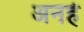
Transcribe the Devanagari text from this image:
अनहे